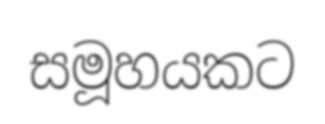
සමූහයකට